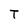
Character: T